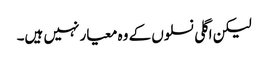
لیکن اگلی نسلوں کے وہ معیار نہیں ہیں۔